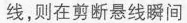
线，则在剪断悬线瞬间